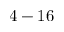
4 - 1 6